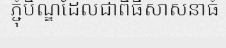
ភ្ជុំបិណ្ឌដែលជាពិធីសាសនាធំ